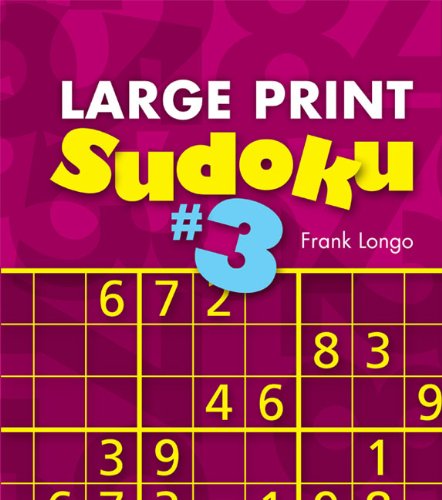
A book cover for Large Print Sudoku #3; Frank Longo; Humor & Entertainment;